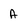
Character: A